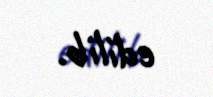
edilib.